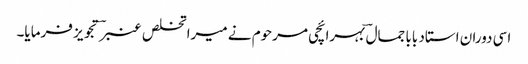
اسی دوران استاد بابا جمال ؔبہرائچی مرحوم نے میرا تخلص عنبرؔ تجویز فرمایا۔